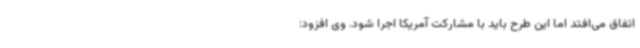
اتفاق می‌افتد اما این طرح باید با مشارکت آمریکا اجرا شود. وی افزود: